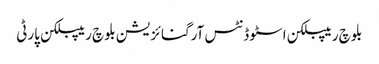
بلوچ ریپبلکن اسٹوڈنٹس آرگنائزیشن بلوچ ریپبلکن پارٹی